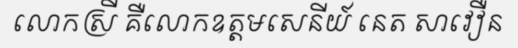
លោកស្រី គឺលោកឧត្តមសេនីយ៍ នេត សាវឿន